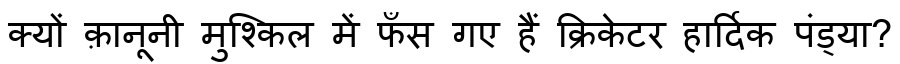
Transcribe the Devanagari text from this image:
क्यों क़ानूनी मुश्किल में फँस गए हैं क्रिकेटर हार्दिक पंड्या?